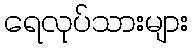
ရေလုပ်သားများ